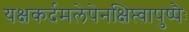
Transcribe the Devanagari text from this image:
यक्षकर्दमलेपेनक्षिप्त्वापुष्पैः